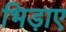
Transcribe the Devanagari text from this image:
भिड़ाए